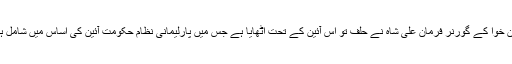
قوم کی بدقسمتی تو دیکھیے، وزیراعظم عمران خان کی حکومت میں خیبرپختون خوا کے گورنر فرمان علی شاہ نے حلف تو اُس آئین کے تحت اٹھایا ہے جس میں پارلیمانی نظام حکومت آئین کی اساس میں شامل ہے، وہ بھی ٹی وی پر آکر صدارتی نظام کے فیوض و برکات بیان کررہے ہیں۔